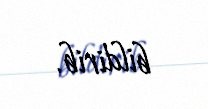
bildirib.